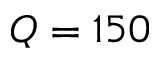
Q = 1 5 0